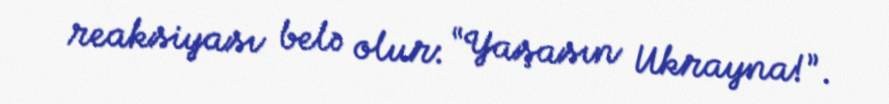
reaksiyası belə olur: “Yaşasın Ukrayna!”.